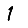
Digit: 1